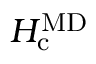
H _ { \mathrm { c } } ^ { \mathrm { M D } }